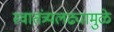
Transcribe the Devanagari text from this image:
स्वातंत्र्यलढ्यामुळे